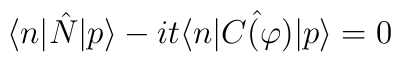
\langle n|\hat{N}|p\rangle -it\langle n|\hat{C(\varphi)}|p\rangle = 0